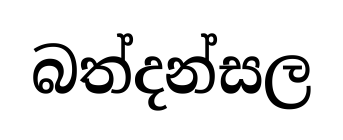
බත්දන්සල